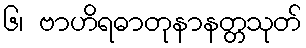
၆၊ ဗာဟိရဓာတုနာနတ္တသုတ်